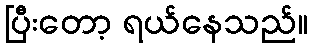
ပြီးတော့ ရယ်နေသည်။